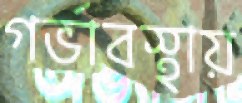
গর্ভাবস্থায়